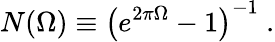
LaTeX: N(\Omega)\equiv\left(e^{2\pi\Omega}-1\right)^{-1}\ .